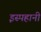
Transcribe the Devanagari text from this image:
इस्पहानी